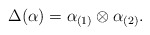
\begin{align*}\Delta (\alpha) = \alpha_{(1)} \otimes \alpha_{(2)}.\end{align*}